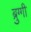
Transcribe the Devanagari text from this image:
ब्रुग्गी